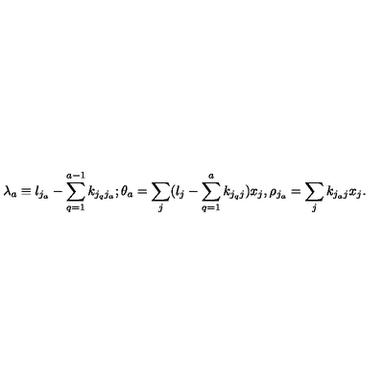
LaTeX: \lambda _ { a } \equiv l _ { j _ { a } } - \sum _ { q = 1 } ^ { a - 1 } k _ { j _ { q } j _ { a } } ; \theta _ { a } = \sum _ { j } ( l _ { j } - \sum _ { q = 1 } ^ { a } k _ { j _ { q } j } ) x _ { j } , \rho _ { j _ { a } } = \sum _ { j } k _ { j _ { a } j } x _ { j } .